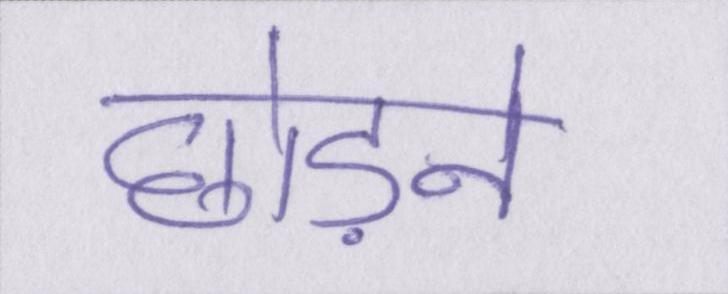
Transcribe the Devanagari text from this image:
छोड़ने